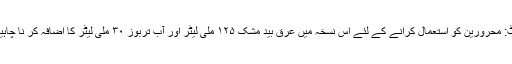
نوٹ: محرورین کو استعمال کرانے کے لئے اِس نسخہ میں عرق بید مُشک ۱۲۵ ملی لیٹر اور آب تربوز ۳۰ ملی لیٹر کا اِضافہ کر نا چاہیے۔